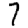
Digit: 7